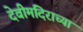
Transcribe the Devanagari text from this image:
देवीमंदिराच्या